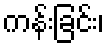
ကန်းခြင်း၊